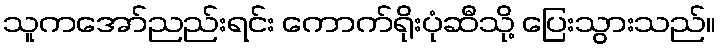
သူကအော်ညည်းရင်း ကောက်ရိုးပုံဆီသို့ ပြေးသွားသည်။